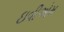
ઇવીએમ